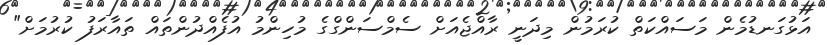
އަޅުގަނޑުމެން މަސައްކަތް ކުރަމުން މިދަނީ ރާއްޖެއަށް ސެމްސަންގްގެ މުހިންމު އުފެއްދުންތައް ތައާރަފު ކުރުމަށް"